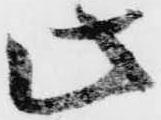
此